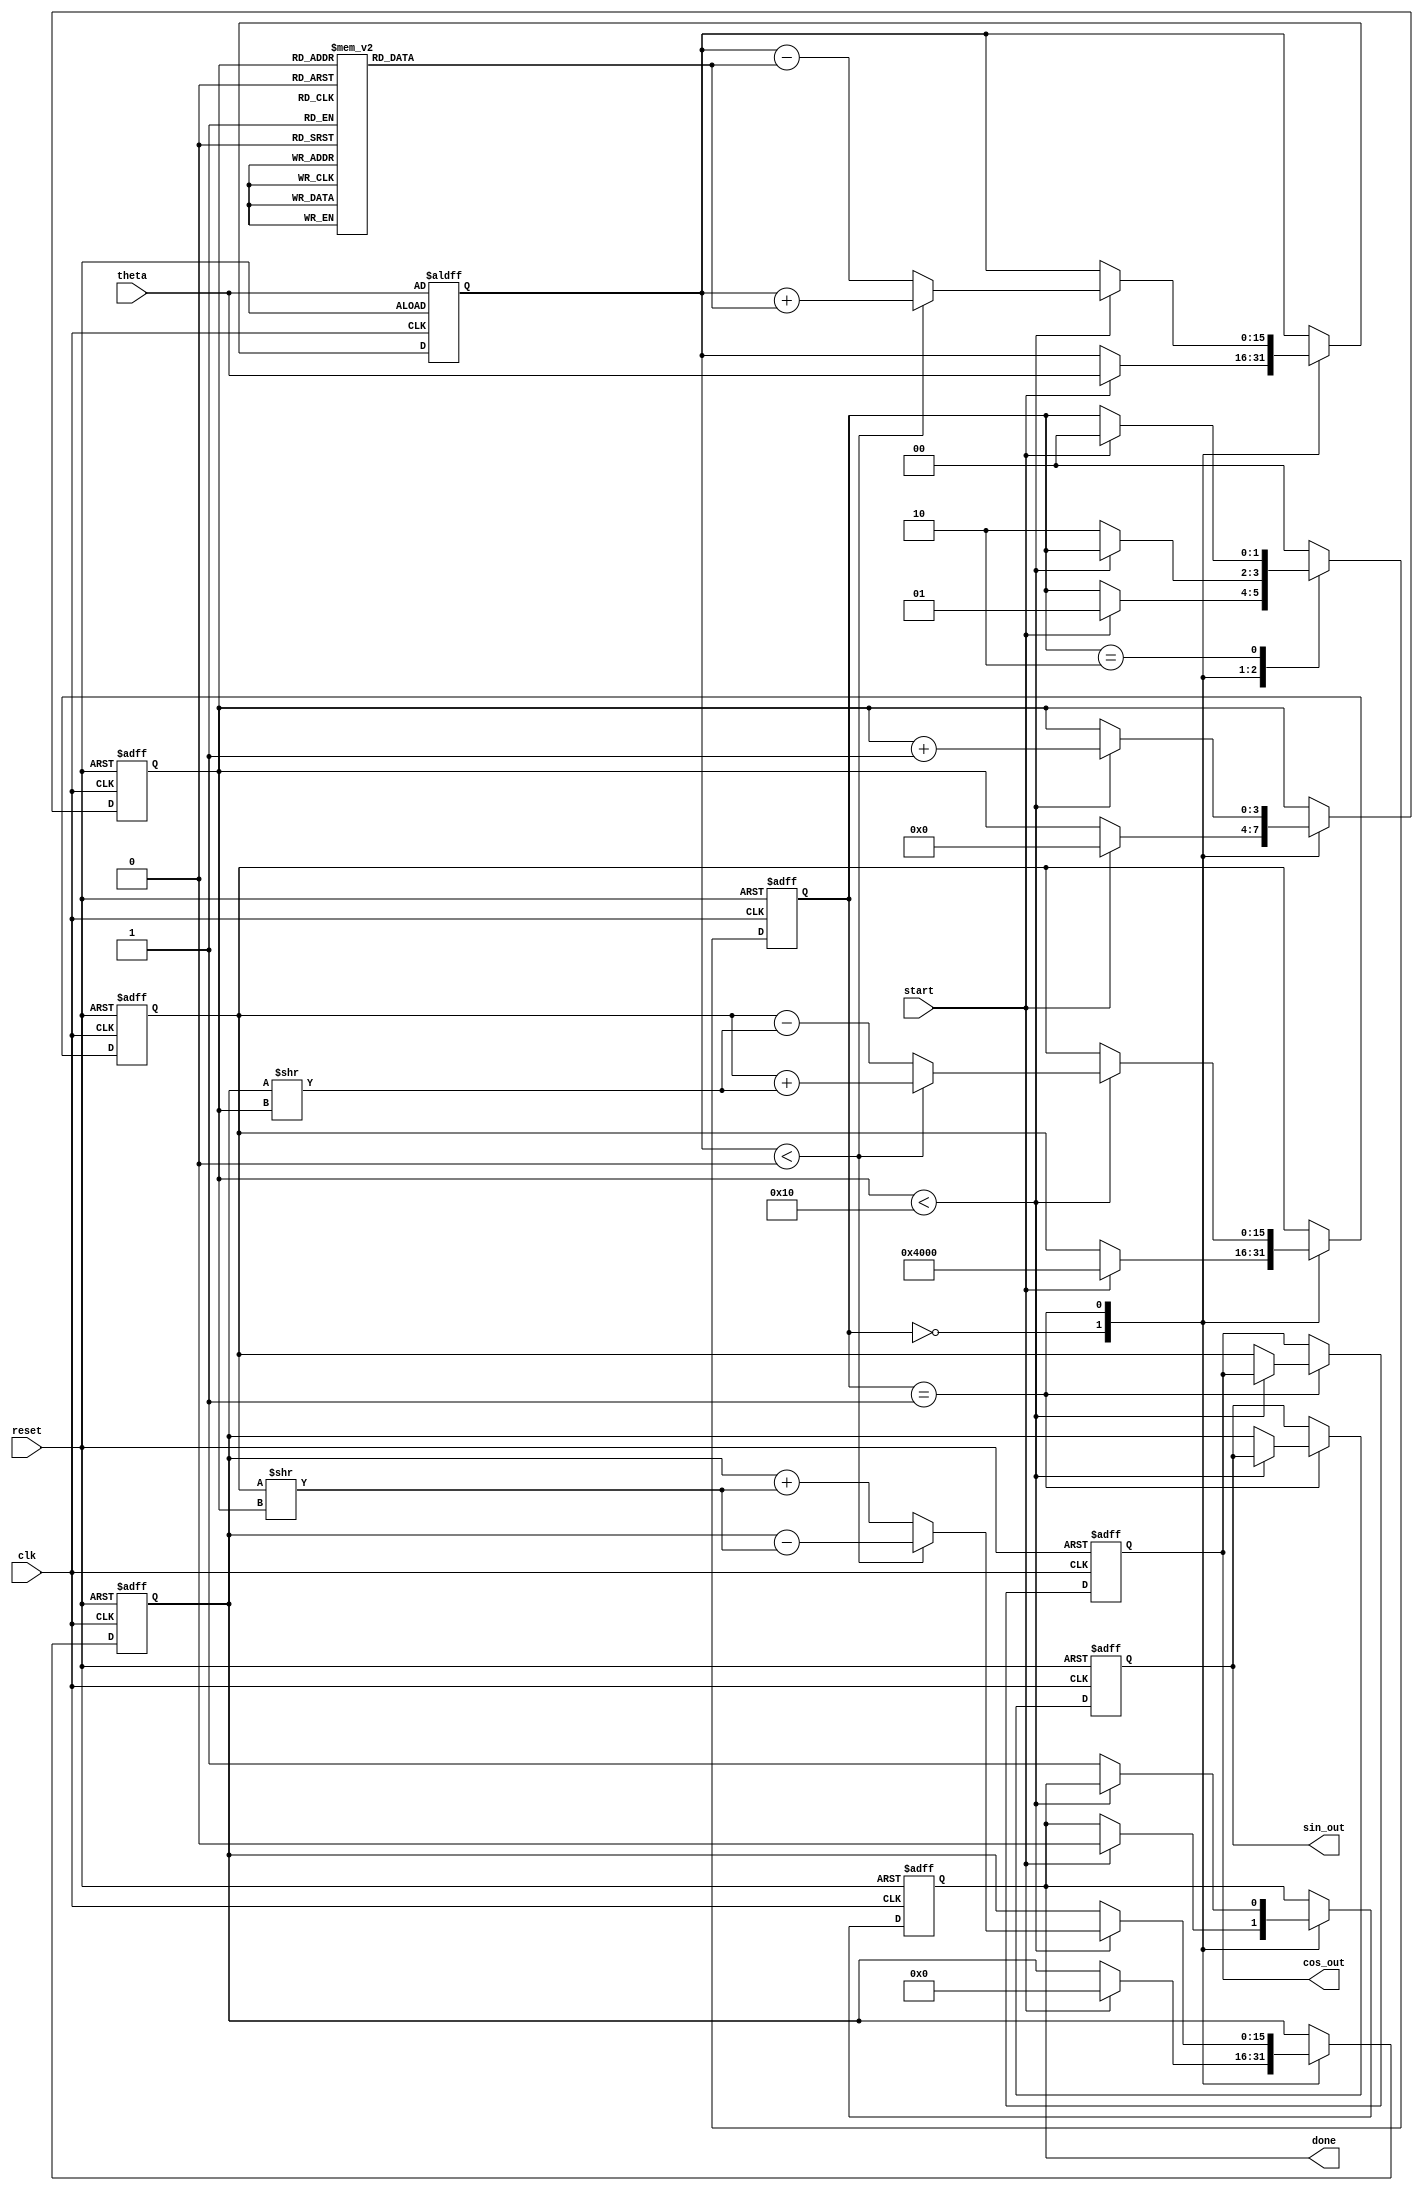
module cordic (
    input wire clk,
    input wire reset,
    input wire start,
    input wire [15:0] theta, // Fixed-point representation of input angle
    output reg [15:0] sin_out, // Sine output
    output reg [15:0] cos_out, // Cosine output
    output reg done // Done signal
);

    // CORDIC Constants
    parameter NUM_ITERATIONS = 16;
    reg [15:0] angle_lookup [0:NUM_ITERATIONS-1]; // Lookup table for arctangent values
    initial begin
        angle_lookup[0]  = 16'h3C90; // arctan(1) = /4
        angle_lookup[1]  = 16'h3C30; // arctan(0.5) = /6
        angle_lookup[2]  = 16'h3B80; // arctan(0.25) = /12
        angle_lookup[3]  = 16'h3B00; // arctan(0.125) = /24
        // ... continue filling in the remaining angles
        // Ensure the angles are correct based on your fixed-point representation
    end

    // Internal states
    reg [15:0] x, y, z; // X, Y and angle registers
    reg [3:0] iteration; // Iteration counter
    reg [1:0] state; // State machine
    parameter IDLE = 2'b00;
    parameter COMPUTE = 2'b01;
    parameter DONE = 2'b10;

    // Main logic
    always @(posedge clk or posedge reset) begin
        if (reset) begin
            sin_out <= 0;
            cos_out <= 0;
            done <= 0;
            state <= IDLE;
            iteration <= 0;
            x <= 16'h4000; // Initial value for x (cos(theta), approx 1.0)
            y <= 0;        // Initial value for y (sin(theta), approx 0)
            z <= theta;    // Initialize angle with input
        end else begin
            case (state)
                IDLE: begin
                    if (start) begin
                        // Prepare for computation
                        x <= 16'h4000; // Initial cosine value (1 in fixed-point)
                        y <= 0;        // Initial sine value (0 in fixed-point)
                        z <= theta;    // Input angle
                        iteration <= 0; // Reset iteration counter
                        done <= 0;
                        state <= COMPUTE; // Change state to compute
                    end
                end

                COMPUTE: begin
                    if (iteration < NUM_ITERATIONS) begin
                        // Perform CORDIC rotation
                        if (z < 0) begin
                            x <= x + (y >> iteration); // X(i+1) = X(i) + (Y(i) / 2^i)
                            y <= y - (x >> iteration); // Y(i+1) = Y(i) - (X(i) / 2^i)
                            z <= z + angle_lookup[iteration]; // Z(i+1) = Z(i) + theta_i
                        end else begin
                            x <= x - (y >> iteration); // X(i+1) = X(i) - (Y(i) / 2^i)
                            y <= y + (x >> iteration); // Y(i+1) = Y(i) + (X(i) / 2^i)
                            z <= z - angle_lookup[iteration]; // Z(i+1) = Z(i) - theta_i
                        end
                        iteration <= iteration + 1; // Increment iteration counter
                    end else begin
                        // All iterations done
                        cos_out <= x; // Final X is the cosine
                        sin_out <= y; // Final Y is the sine
                        done <= 1; // Set done signal
                        state <= DONE; // Change state to done
                    end
                end

                DONE: begin
                    // Wait for reset or start for new computation
                    if (start) begin
                        state <= IDLE; // Go to idle state if start signal is detected
                    end
                end

                default: state <= IDLE; // Handle unexpected states
            endcase
        end
    end

endmodule